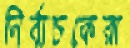
নির্বাচকেরা